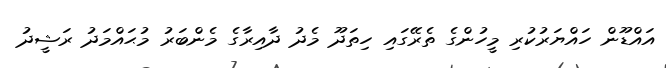
އައްޑޫން ހައްޔަރުކުރި މީހުންގެ ތެރޭގައި ހިތަދޫ މެދު ދާއިރާގެ މެންބަރު މުޙައްމަދު ރަޝީދު